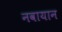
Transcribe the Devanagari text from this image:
नवायान